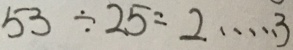
5 3 \div 2 5 = 2 \cdots 3